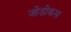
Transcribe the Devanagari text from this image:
जोडोकस